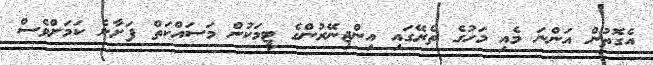
އެގޮތުން އަންނަ މެއި މަހުގެ ތެރޭގައި އިންޖިނޭރުންގެ ޓީމަކުން މަސައްކަތް ފަށާނެ ކަމަށްވެސް